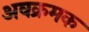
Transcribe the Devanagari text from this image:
अवक्रमक